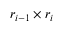
r _ { i - 1 } \times r _ { i }